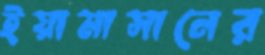
ইয়ামাসানের